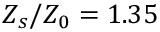
Z _ { s } / Z _ { 0 } = 1 . 3 5